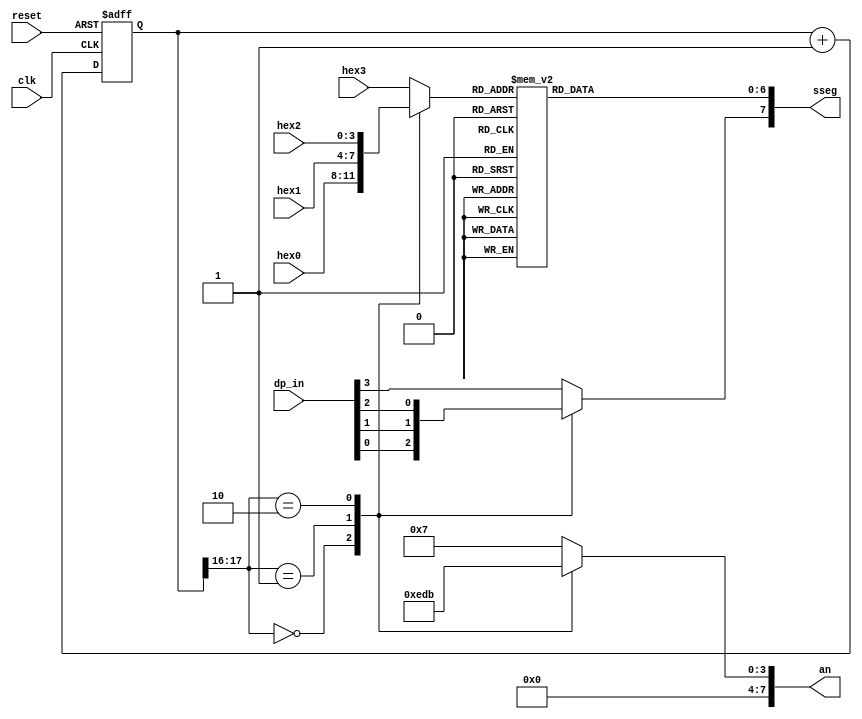
module disp_hex_mux
    (input wire clk, reset,
    input wire [3:0]hex3, hex2, hex1, hex0,
    input wire [3:0] dp_in,
    output reg [7:0] an, output reg [7:0]sseg);
    localparam N = 18;
    reg [N-1:0]q_reg;
    wire [N-1:0]q_next;
    reg [3:0]hex_in;
    reg dp;
    
    always @ (posedge clk, posedge reset)
        if (reset) q_reg <= 0;
        else q_reg <= q_next;
        
    assign q_next = q_reg + 1;
    
    always @* case (q_reg [N-1:N-2])
            2'b00: begin
                    an = 4'b11111110;
                    hex_in = hex0;
                    dp = dp_in[0];
            end
            2'b01: begin
                    an = 4'b11111101;
                    hex_in = hex1;
                    dp = dp_in[1] ;
                end
            2'b10: begin
                    an = 4'b11111011;
                    hex_in = hex2;
                    dp = dp_in[2] ;
                end
            default: begin
                    an = 4'b11110111;
                    hex_in = hex3;
                    dp = dp_in[3] ;
                end
        endcase
        
    // Hex to Seven-Segement LED Display
    always @* begin 
        case (hex_in)
            4'h0: sseg[6:0] = 7'b1000000;
            4'h1: sseg[6:0] = 7'b1111001;
            4'h2: sseg[6:0] = 7'b0100100;
            4'h3: sseg[6:0] = 7'b0110000;
            4'h4: sseg[6:0] = 7'b0011001;
            4'h5: sseg[6:0] = 7'b0010010;
            4'h6: sseg[6:0] = 7'b0000010;
            4'h7: sseg[6:0] = 7'b1111000;
            4'h8: sseg[6:0] = 7'b0000000;
            4'h9: sseg[6:0] = 7'b0010000;
            4'ha: sseg[6:0] = 7'b0001000;
            4'hb: sseg[6:0] = 7'b0000011;
            4'hc: sseg[6:0] = 7'b1000110;
            4'hd: sseg[6:0] = 7'b0100001;
            4'he: sseg[6:0] = 7'b0000110;
            4'hf: sseg[6:0] = 7'b0001110;
        endcase
        sseg[7] = dp;
    end
endmodule